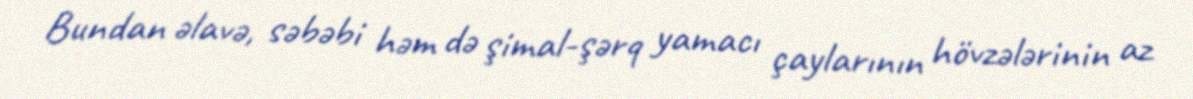
Bundan əlavə, səbəbi həm də şimal-şərq yamacı çaylarının hövzələrinin az